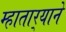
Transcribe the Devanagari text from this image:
म्हातार्‍याने